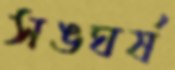
সঙঘর্ষ